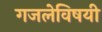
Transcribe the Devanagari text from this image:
गजलेविषयी